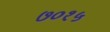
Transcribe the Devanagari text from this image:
७०१५